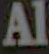
Al